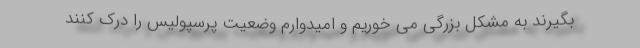
بگیرند به مشکل بزرگی می خوریم و امیدوارم وضعیت پرسپولیس را درک کنند